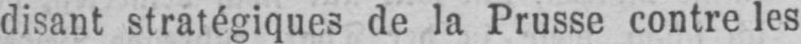
disant stratégiques de la Prusse contre les